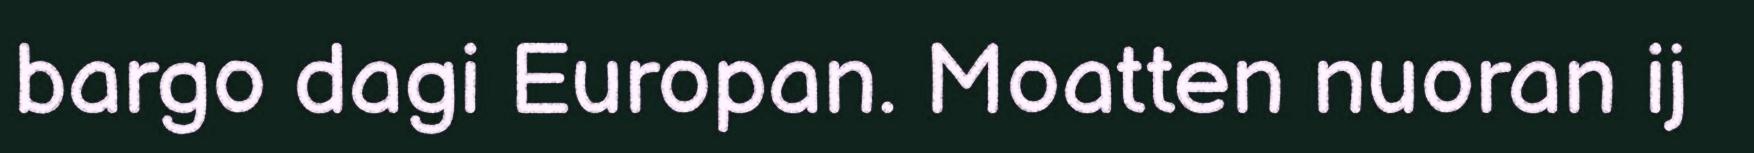
bargo dagi Europan. Moatten nuoran ij